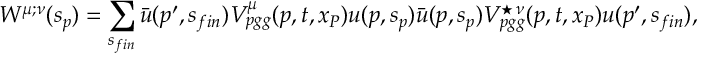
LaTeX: W ^ { \mu ; \nu } ( s _ { p } ) = \sum _ { s _ { f i n } } \bar { u } ( p ^ { \prime } , s _ { f i n } ) V _ { p g g } ^ { \mu } ( p , t , x _ { P } ) u ( p , s _ { p } ) \bar { u } ( p , s _ { p } ) V _ { p g g } ^ { \star \, \nu } ( p , t , x _ { P } ) u ( p ^ { \prime } , s _ { f i n } ) ,